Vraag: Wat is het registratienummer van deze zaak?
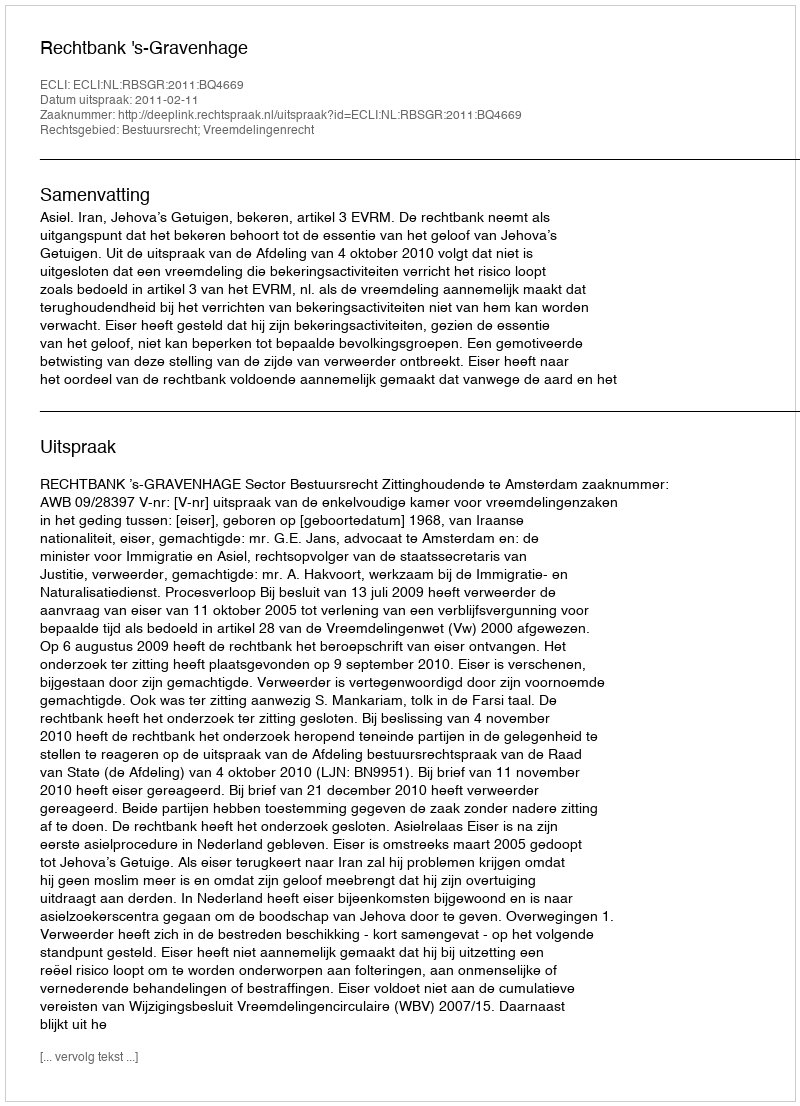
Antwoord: http://deeplink.rechtspraak.nl/uitspraak?id=ECLI:NL:RBSGR:2011:BQ4669